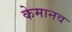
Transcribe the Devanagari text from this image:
केमानव